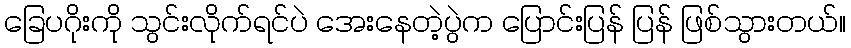
ခြေပဂိုးကို သွင်းလိုက်ရင်ပဲ အေးနေတဲ့ပွဲက ပြောင်းပြန် ပြန် ဖြစ်သွားတယ်။